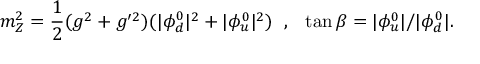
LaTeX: m _ { Z } ^ { 2 } = \frac { 1 } { 2 } ( g ^ { 2 } + g ^ { \prime 2 } ) ( | \phi _ { d } ^ { 0 } | ^ { 2 } + | \phi _ { u } ^ { 0 } | ^ { 2 } ) \; \; , \; \; \: \tan \beta = | \phi _ { u } ^ { 0 } | / | \phi _ { d } ^ { 0 } | .